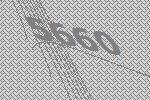
5660